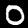
Digit: 0